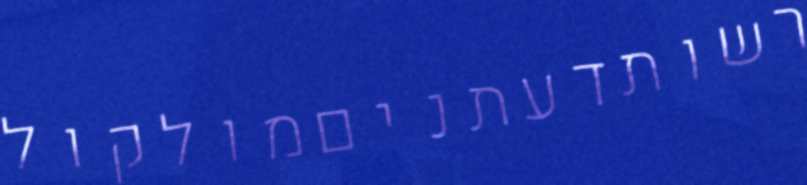
רשותדעתניםמולקול